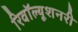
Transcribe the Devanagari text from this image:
रिवॉल्यूशनरी